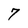
Character: 7